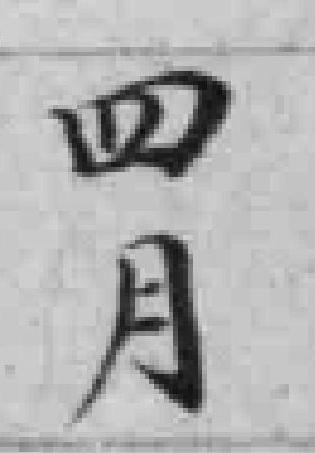
四月